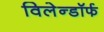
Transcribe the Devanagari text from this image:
विलेन्डॉर्फ